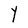
Character: Y